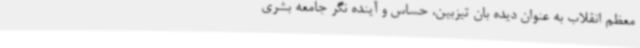
معظم انقلاب به عنوان دیده بان تیزبین، حساس و آینده نگر جامعه بشری